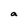
Character: a